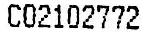
C02102772